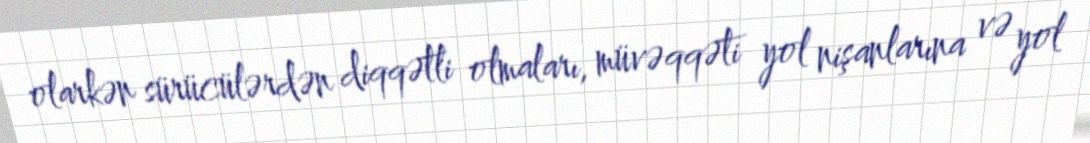
olarkən sürücülərdən diqqətli olmaları, müvəqqəti yol nişanlarına və yol